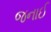
જનાઈ